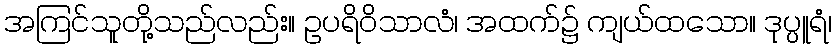
အကြင်သူတို့သည်လည်း။ ဥပရိဝိသာလံ၊ အထက်၌ ကျယ်ထသော။ ဒုပ္ပူရံ၊